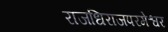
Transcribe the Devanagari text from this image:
राजधिराजपरमेश्वर